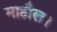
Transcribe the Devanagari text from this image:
माहौल।